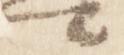
卿